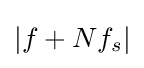
{\textstyle |f+Nf_{s}|}